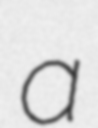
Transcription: a